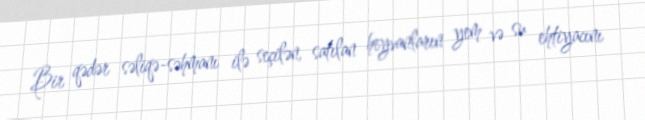
Bir qədər səliqə-səhmanı ilə seçilən, satılan heyvanların yem və su ehtiyacını